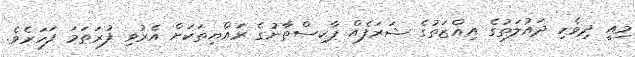
މިއީ ދިވެހި ދައުލަތުގެ އިއްޒަތުގެ ޝަރަފެއް ޕާކިސްތާނުގެ ރައްޔިތަކަށް އެރުވި ފުރަތަމަ ފަހަރެވެ.